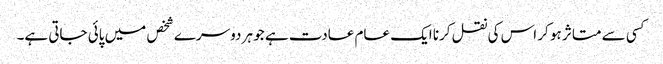
﻿کسی سے متاثر ہو کر اس کی نقل کرنا ایک عام عادت ہے جو ہر دوسرے شخص میں پائی جاتی ہے۔